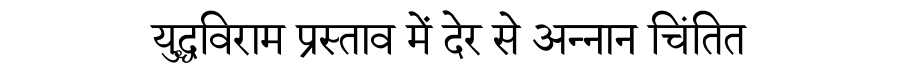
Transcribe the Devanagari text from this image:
युद्धविराम प्रस्ताव में देर से अन्नान चिंतित